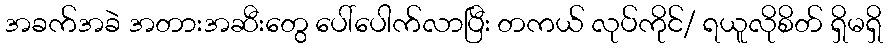
အခက်အခဲ အတားအဆီးတွေ ပေါ်ပေါက်လာပြီး တကယ် လုပ်ကိုင်/ ရယူလိုစိတ် ရှိမရှိ